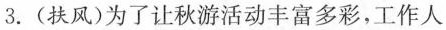
3.(扶风)为了让秋游活动丰富多彩，工作人